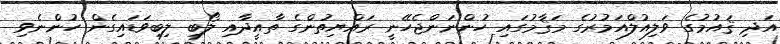
އަދި ޤައުމުގެ ވަލިއުލްއަމުރުގެ މަޤާމުގައި ހުންނަންޖެހޭނީ ރައްޔިތުންގެ ތާއީދާއި ލޯބި ލިބިވަޑައިގެން ހުންނެވި